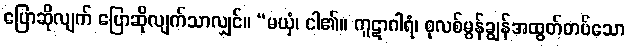
ပြောဆိုလျက် ပြောဆိုလျက်သာလျှင်။ “မယှံ၊ ငါ၏။ ကူဋာဂါရံ၊ စုလစ်မွန်ချွန်အထွတ်တပ်သော